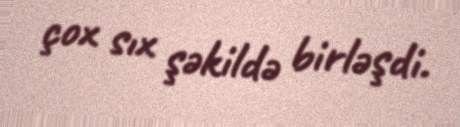
çox sıx şəkildə birləşdi.